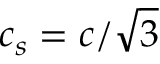
c _ { s } = c / \sqrt { 3 }